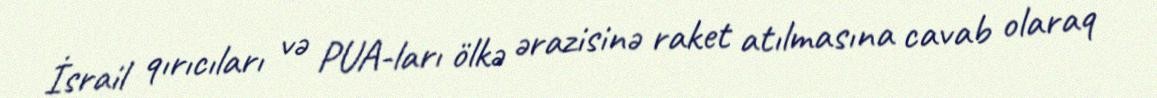
İsrail qırıcıları və PUA-ları ölkə ərazisinə raket atılmasına cavab olaraq